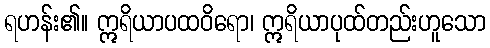
ရဟန်း၏။ ဣရိယာပထဝိရော၊ ဣရိယာပုထ်တည်းဟူသော